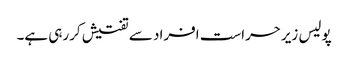
پولیس زیرحراست افراد سے تفتیش کررہی ہے۔